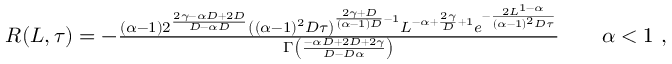
\begin{array} { r } { R ( L , \tau ) = - \frac { ( \alpha - 1 ) 2 ^ { \frac { 2 \gamma - \alpha D + 2 D } { D - \alpha D } } \left( ( \alpha - 1 ) ^ { 2 } D \tau \right) ^ { \frac { 2 \gamma + D } { ( \alpha - 1 ) D } - 1 } L ^ { - \alpha + \frac { 2 \gamma } { D } + 1 } e ^ { - \frac { 2 L ^ { 1 - \alpha } } { ( \alpha - 1 ) ^ { 2 } D \tau } } } { \Gamma \left( \frac { - \alpha D + 2 D + 2 \gamma } { D - D \alpha } \right) } \qquad \alpha < 1 \ , } \end{array}